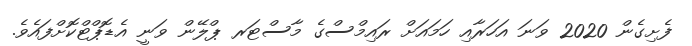
ފެށިގެން 2020 ވަނަ އަހަރާއި ހަމައަށް ރައިމްސްގެ މާސްޓަރ ޕްލޭން ވަނީ އެޑޮޕްޓްކޮށްފައެވެ.